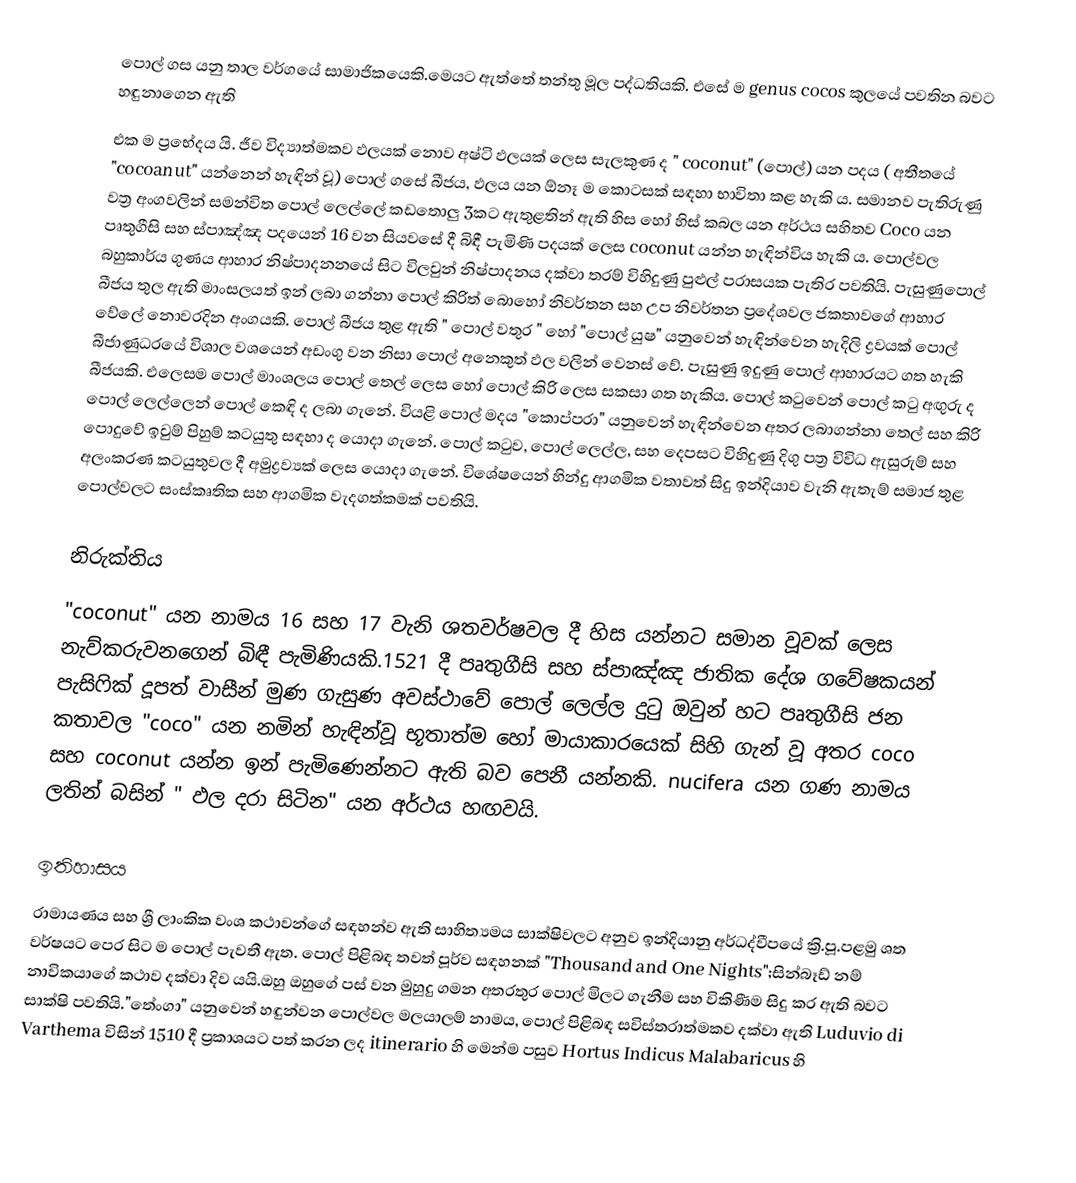
පොල් ගස යනු තාල වර්ගයේ සාමාජිකයෙකි.මෙයට ඇත්තේ තන්තු මූල පද්ධතියකි. එසේ ම genus cocos කුලයේ පවතින බවට හඳුනාගෙන ඇති
එක ම ප්‍රභේදය යි. ජීව විද්‍යාත්මකව ඵලයක් නොව අෂ්ටි ඵලයක් ලෙස සැලකුණ ද " coconut" (පොල්) යන පදය ( අතීතයේ "cocoanut" යන්නෙන් හැඳින් වූ) පොල් ගසේ බීජය, ඵලය යන ඕනෑ ම කොටසක් සඳහා භාවිතා කළ හැකි ය. සමානව පැතිරුණු වත්‍ර අංගවලින් සමන්විත පොල් ලෙල්ලේ කඩතොලු 3කට ඇතුළතින් ඇති හිස හෝ හිස් කබල යන අර්ථය සහිතව Coco යන පෘතුගීසි සහ ස්පාඤ්ඤ පදයෙන් 16 වන සියවසේ දී බිඳී පැමිණි පදයක් ලෙස coconut යන්න හැඳින්විය හැකි ය. පොල්වල බහුකාර්ය ගුණය ආහාර නිෂ්පාදනනයේ සිට විලවුන් නිෂ්පාදනය දක්වා තරම් විහිදුණු පුළුල් පරාසයක පැතිර පවතියි. පැසුණුපොල් බීජය තුල ඇති මාංසලයත් ඉන් ලබා ගන්නා පොල් කිරිත් බොහෝ නිවර්තන සහ උප නිවර්තන ප්‍රදේශවල ජකතාවගේ ආහාර වේලේ නොවරදින අංගයකි. පොල් බීජය තුළ ඇති " පොල් වතුර " හෝ  "පොල් යුෂ"  යනුවෙන් හැඳින්වෙන හැදිලි ද්‍රවයක් පොල් බීජාණුධරයේ විශාල වශයෙන් අඩංගු වන නිසා පොල් අනෙකුත් ඵල වලින් වෙනස් වේ. පැසුණු ඉදුණු පොල් ආහාරයට ගත හැකි බීජයකි. එලෙසම පොල් මාංශලය පොල් තෙල් ලෙස ‍හෝ පොල් කිරි ලෙස සකසා ගත හැකිය. පොල් කටුවෙන් පොල් කටු අඟුරු ද පොල් ලෙල්ලෙන් ‍‍පොල් කෙඳි ද ලබා ගැනේ. වියළි පොල් මදය "කොප්පරා" යනුවෙන් හැඳින්වෙන අතර ලබාගන්නා තෙල් සහ කිරි පොදුවේ ඉවුම් පිහුම් කටයුතු සඳහා ද යොදා ගැනේ. පොල් කටුව, පොල් ලෙල්ල, සහ දෙපසට විහිදුණු දිගු පත්‍ර විවිධ ඇසුරුම් සහ අලංකරණ කටයුතුවල දී අමුද්‍රව්‍යක් ලෙස යොදා ගැනේ. විශේෂයෙන් හින්දු ආගමික වතාවත් සිදු ඉන්දියාව වැනි ඇතැම් සමාජ තුළ පොල්වලට සංස්කෘතික සහ ආගමික වැදගත්කමක් පවතියි.

නිරුක්තිය
"coconut" යන නාමය 16 සහ 17 වැනි ශතවර්ෂවල දී  හිස යන්නට සමාන වූවක් ලෙස නැව්කරුවනගෙන් බිඳී පැමිණියකි.1521 දී පෘතුගීසි සහ ස්පාඤ්ඤ ජාතික දේශ ගවේෂකයන් පැසිෆික් දූපත් වාසීන් මුණ ගැසුණ අවස්ථාවේ පොල් ලෙල්ල දුටු ඔවුන් හට පෘතුගීසි ජන කතාවල  "coco" යන නමින්  හැඳින්වූ භූතාත්ම හෝ මායාකාර‍යෙක් සිහි ගැන් වූ අතර  coco සහ coconut යන්න ඉන් පැමිණෙන්නට ඇති බව  පෙනී යන්නකි. nucifera යන ගණ නාමය ලතින් බසින් " ඵල දරා සිටින" යන අර්ථය හඟවයි.

ඉතිහාසය
 රාමායණය සහ ශ්‍රී ලාංකික වංශ කථාවන්ගේ සඳහන්ව ඇති සාහිත්‍යමය සාක්ෂිවලට අනුව  ඉන්දියානු අර්ධද්වීපයේ ක්‍රි.පූ.පළමු ශත වර්ෂයට පෙර සිට ම පොල් පැවතී ඇත. පොල් පිළිබඳ තවත් පූර්ව සඳහනක්  "Thousand and One Nights";සින්බෑඩ් නම් නාවිකයාගේ කථාව දක්වා දිව යයි.ඔහු ඔහුගේ පස් වන මුහුදු ගමන අතරතුර පොල් මිලට ගැනීම සහ විකිණීම සිදු කර ඇති බවට සාක්ෂි පවතියි."තේංගා" යනුවෙන් හඳුන්වන පොල්වල මලයාලම් නාමය, පොල් පිළිබඳ සවිස්තරාත්මකව දක්වා ඇති  Luduvio di Varthema විසින් 1510 දී ප්‍රකාශයට පත් කරන ලද itinerario හි මෙන්ම  පසුව Hortus Indicus Malabaricus හි